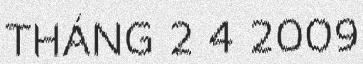
THÁNG 2 4 2009